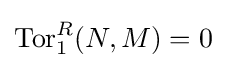
\operatorname {Tor} _{1}^{R}(N,M)=0